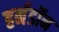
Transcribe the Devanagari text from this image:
हर्नडॉन